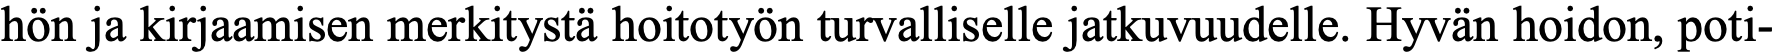
hön ja kirjaamisen merkitystä hoitotyön turvalliselle jatkuvuudelle. Hyvän hoidon, poti-